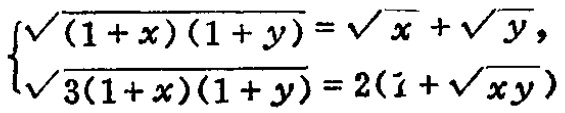
\[\begin{cases}
\sqrt{(1 + x)(1 + y)}=\sqrt{x}+\sqrt{y},\\
\sqrt{3(1 + x)(1 + y)}=2(1+\sqrt{xy})
\end{cases}\]